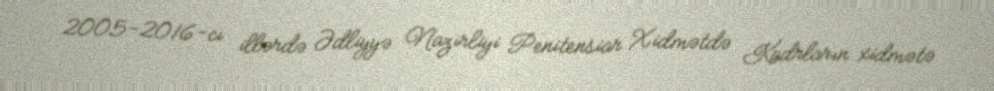
2005-2016-cı illərdə Ədliyyə Nazirliyi Penitensiar Xidmətdə Kadrların xidmətə